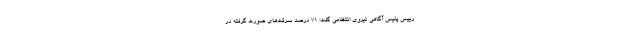
رییس پلیس آگاهی نیروی انتظامی گفت: ۷۱ درصد سرقت‌های صورت گرفته در